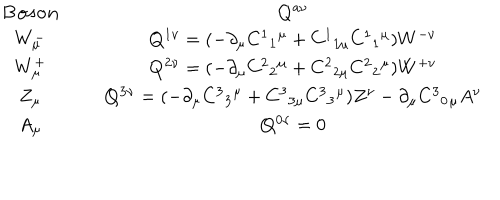
\begin{array} { c c } { { { \bf { B o s o n } } \; \; } } & { { { \bf { Q ^ { a \nu } } } } } \\ { { W _ { \mu } ^ { - } \; \; } } & { { { \bf { Q ^ { 1 \nu } } } = ( - \partial _ { \mu } C ^ { 1 } { } _ { 1 } { } ^ { \mu } + C ^ { 1 } { } _ { 1 \mu } C ^ { 1 } { } _ { 1 } { } ^ { \mu } ) W ^ { - \nu } } } \\ { { W _ { \mu } ^ { + } \; \; } } & { { { \bf { Q ^ { 2 \nu } } } = ( - \partial _ { \mu } C ^ { 2 } { } _ { 2 } { } ^ { \mu } + C ^ { 2 } { } _ { 2 \mu } C ^ { 2 } { } _ { 2 } { } ^ { \mu } ) W ^ { + \nu } } } \\ { { Z _ { \mu } \; \; } } & { { { \bf { Q ^ { 3 \nu } } } = ( - \partial _ { \mu } C ^ { 3 } { } _ { 3 } { } ^ { \mu } + C ^ { 3 } { } _ { 3 \mu } C ^ { 3 } { } _ { 3 } { } ^ { \mu } ) Z ^ { \nu } - \partial _ { \mu } C ^ { 3 } { } _ { 0 } { } _ { \mu } A ^ { \nu } } } \\ { { A _ { \mu } \; \; } } & { { { \bf { Q ^ { 0 \nu } } } = 0 } } \\ \end{array}